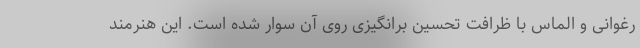
رغوانی و الماس با ظرافت تحسین برانگیزی روی آن سوار شده است. این هنرمند